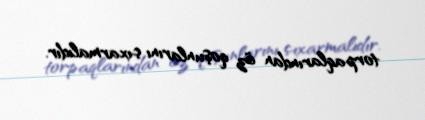
torpaqlarından öz qoşunlarını çıxarmalıdır.